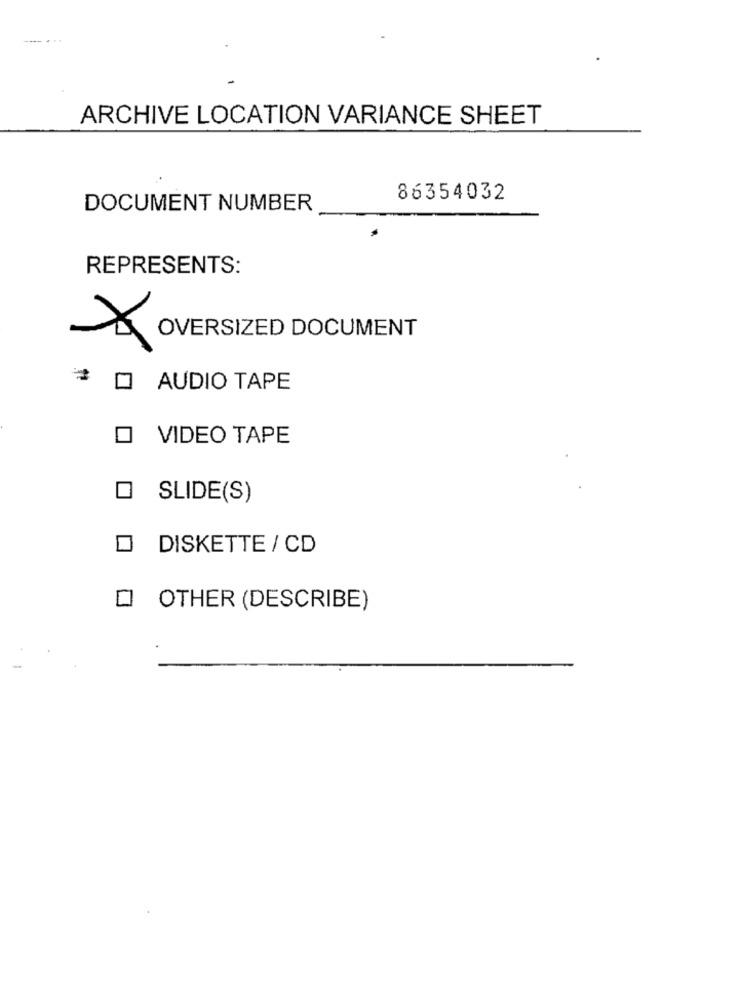
ARCHIVE LOCATION VARIANCE SHEET
86354032
DOCUMENT NUMBER
REPRESENTS:
OVERSIZED DOCUMENT
O AUDIO TAPE
O VIDEO TAPE
SLIDE(S)
DISKETTE / CD
O OTHER (DESCRIBE)